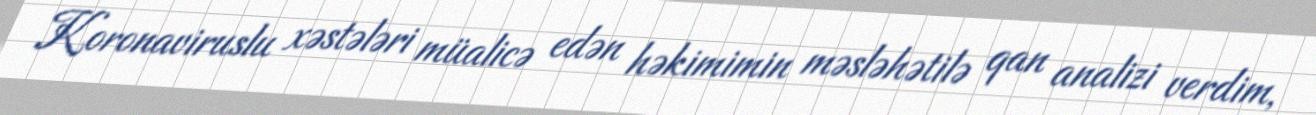
Koronaviruslu xəstələri müalicə edən həkimimin məsləhətilə qan analizi verdim,